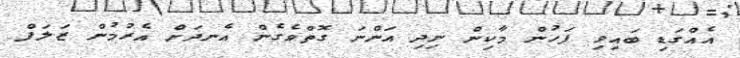
އެއްގަޑި ބައިވި ފަހުން މާކިން ނިދި އަންނަ ގޮތްވެގެން އެނދަށް އެރުމުން ޒަލަފް